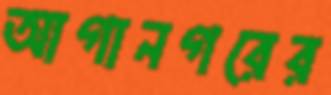
আগানগরের